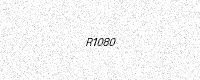
Text: R1080